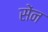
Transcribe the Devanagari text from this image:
सेंन